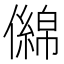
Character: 㒙